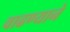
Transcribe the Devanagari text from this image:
वाढण्याने